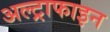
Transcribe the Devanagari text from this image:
अल्ट्राफाइन